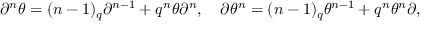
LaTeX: \partial ^ { n } \theta = ( n - 1 ) _ { q } \partial ^ { n - 1 } + q ^ { n } \theta \partial ^ { n } , \quad \partial \theta ^ { n } = ( n - 1 ) _ { q } \theta ^ { n - 1 } + q ^ { n } \theta ^ { n } \partial ,